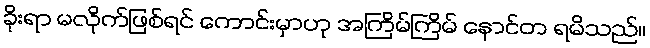
ခိုးရာ မလိုက်ဖြစ်ရင် ကောင်းမှာဟု အကြိမ်ကြိမ် နောင်တ ရမိသည်။